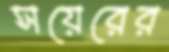
সয়েরের